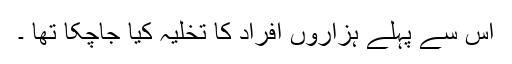
اس سے پہلے ہزاروں افراد کا تخلیہ کیا جاچکا تھا ۔